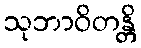
သုဘာဝိတန္တိ